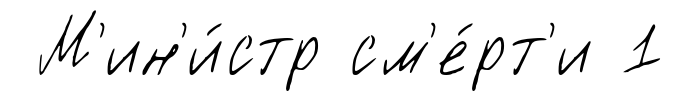
М'ин'и́стр см'е́рт'и 1